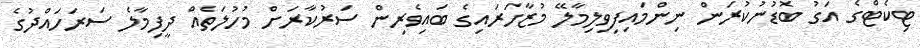
ޓިކެޓްގެ އަގު ބޮޑުނުކުރަން ނިންމައިފިވިލިމާލޭ މުޒާހަރައިގެ ބައިވެރިން ސަރުކާރަށް މުހުލަތެއް ދީފިމާލެ ސަރަހައްދުގެ